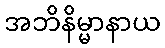
အဘိနိမ္မာနာယ